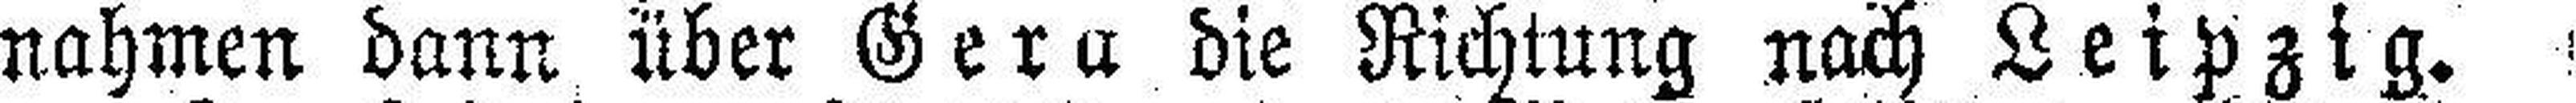
nahmen dann über Gera die Richtung nach Leipzig.